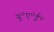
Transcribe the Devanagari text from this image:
यू॰ए॰ई॰